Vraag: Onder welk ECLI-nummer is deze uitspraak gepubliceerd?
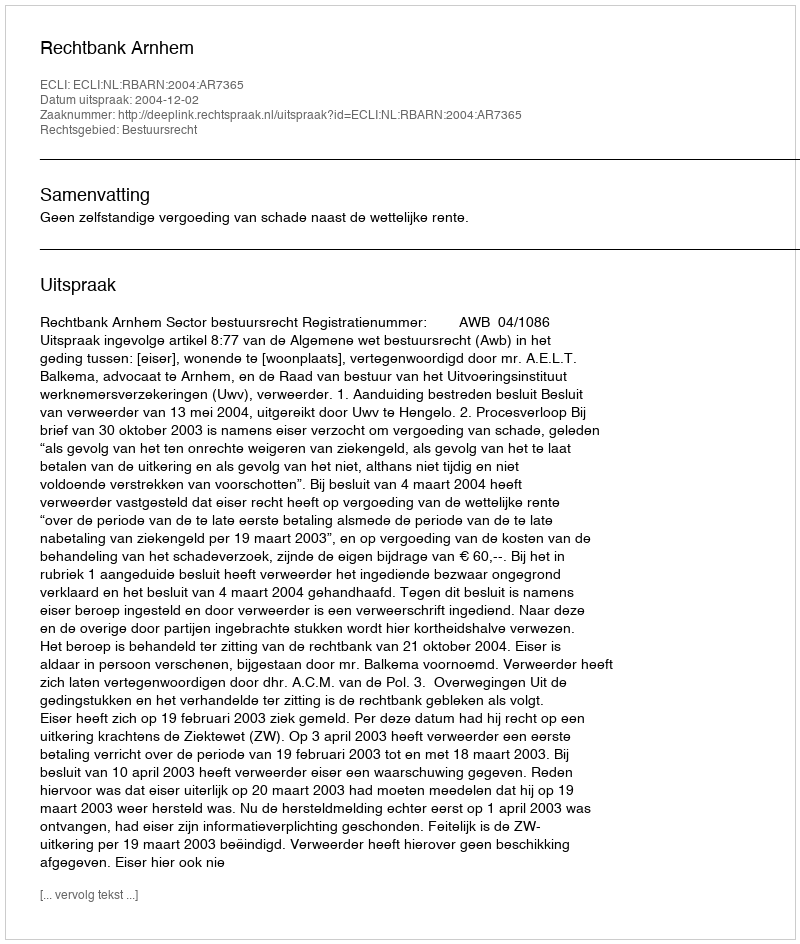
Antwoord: ECLI:NL:RBARN:2004:AR7365